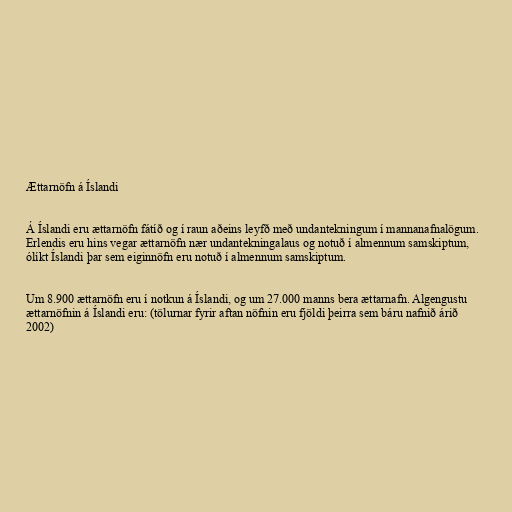
Ættarnöfn á Íslandi

Á Íslandi eru ættarnöfn fátíð og í raun aðeins leyfð með undantekningum í mannanafnalögum.
Erlendis eru hins vegar ættarnöfn nær undantekningalaus og notuð í almennum samskiptum,
ólíkt Íslandi þar sem eiginnöfn eru notuð í almennum samskiptum.

Um 8.900 ættarnöfn eru í notkun á Íslandi, og um 27.000 manns bera ættarnafn. Algengustu
ættarnöfnin á Íslandi eru: (tölurnar fyrir aftan nöfnin eru fjöldi þeirra sem báru nafnið árið
2002)